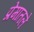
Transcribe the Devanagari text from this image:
प्रेमातले